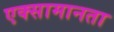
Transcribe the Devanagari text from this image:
एक्सामानता